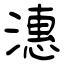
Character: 潓